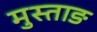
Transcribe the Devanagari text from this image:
मुस्ताङ